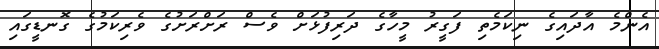
އެންމެ އާދައިގެ ނިކަމެތި ފަގީރު މީހާގެ ދަރިފުޅަށް ވެސް ރަށްރަށުގެ ވެރިކަމުގެ ގޮނޑީގައި